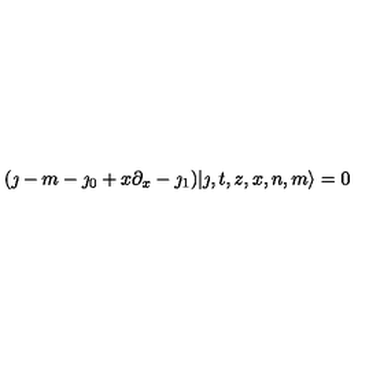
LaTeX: ( \jmath - m - \jmath _ { 0 } + x \partial _ { x } - \jmath _ { 1 } ) | \jmath , t , z , x , n , m \rangle = 0